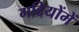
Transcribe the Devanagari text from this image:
गद्दियोंमें